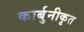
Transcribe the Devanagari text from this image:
कार्बुनीकृत